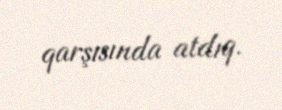
qarşısında atdıq.